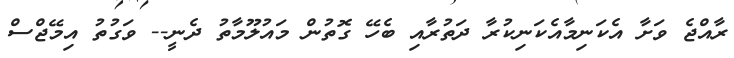
ރާއްޖެ ވަށާ އެކަނިމާއެކަނިކުރާ ދަތުރާއި ބެހޭ ގޮތުން މައުލޫމާތު ދެނީ-- ވަގުތު އިމޭޖްސް